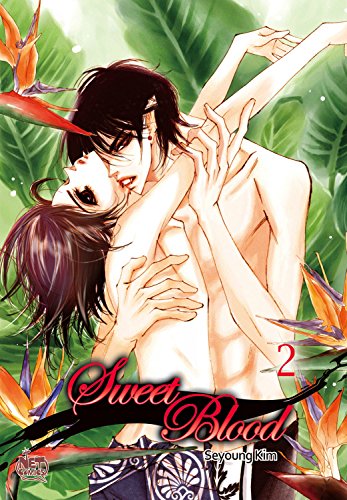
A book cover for Sweet Blood Volume 2 (Sweet Blood Gn); Seyoung Kim; Comics & Graphic Novels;